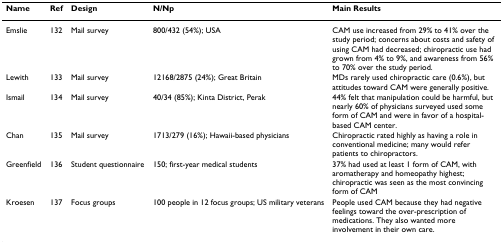
| Name | Ref | Design | N/Np | Main Results |
 | --- | --- | --- | --- | --- |
 | Emslie | 132 | Mail survey | 800/432 (54%); USA | CAM use increased from 29% to 41% over the study period; concerns about costs and safety of using CAM had decreased; chiropractic use had grown from 4% to 9%, and awareness from 56% to 70% over the study period. |
 | Lewith | 133 | Mail survey | 12168/2875 (24%); Great Britain | MDs rarely used chiropractic care (0.6%), but attitudes toward CAM were generally positive. |
 | Ismail | 134 | Mail survey | 40/34 (85%); Kinta District, Perak | 44% felt that manipulation could be harmful, but nearly 60% of physicians surveyed used some form of CAM and were in favor of a hospital-based CAM center. |
 | Chan | 135 | Mail survey | 1713/279 (16%); Hawaii-based physicians | Chiropractic rated highly as having a role in conventional medicine; many would refer patients to chiropractors. |
 | Greenfield | 136 | Student questionnaire | 150; first-year medical students | 37% had used at least 1 form of CAM, with aromatherapy and homeopathy highest; chiropractic was seen as the most convincing form of CAM |
 | Kroesen | 137 | Focus groups | 100 people in 12 focus groups; US military veterans | People used CAM because they had negative feelings toward the over-prescription of medications. They also wanted more involvement in their own care. |